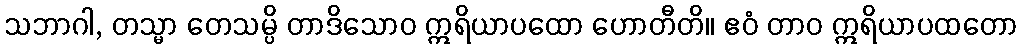
သဘာဂါ, တသ္မာ တေသမ္ပိ တာဒိသောဝ ဣရိယာပထော ဟောတီတိ။ ဧဝံ တာဝ ဣရိယာပထတော